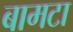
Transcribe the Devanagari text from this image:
बामटा